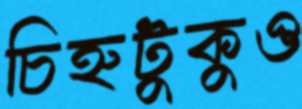
চিহ্নটুকুও